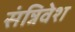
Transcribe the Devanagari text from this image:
संन्निवेश